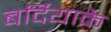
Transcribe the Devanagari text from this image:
बर्दियाके